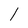
Character: l